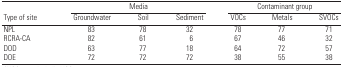
<table><thead><tr><td></td><td colspan="3"><b>Media</b></td><td colspan="3"><b>Contaminant group</b></td></tr><tr><td><b>Type of site</b></td><td><b>Groundwater</b></td><td><b>Soil</b></td><td><b>Sediment</b></td><td><b>VOCs</b></td><td><b>Metals</b></td><td><b>SVOCs</b></td></tr></thead><tbody><tr><td>NPL</td><td>83</td><td>78</td><td>32</td><td>78</td><td>77</td><td>71</td></tr><tr><td>RCRA-CA</td><td>82</td><td>61</td><td>6</td><td>67</td><td>46</td><td>32</td></tr><tr><td>DOD</td><td>63</td><td>77</td><td>18</td><td>64</td><td>72</td><td>57</td></tr><tr><td>DOE</td><td>72</td><td>72</td><td>72</td><td>38</td><td>55</td><td>38</td></tr></tbody></table>